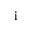
\mathrm { i }